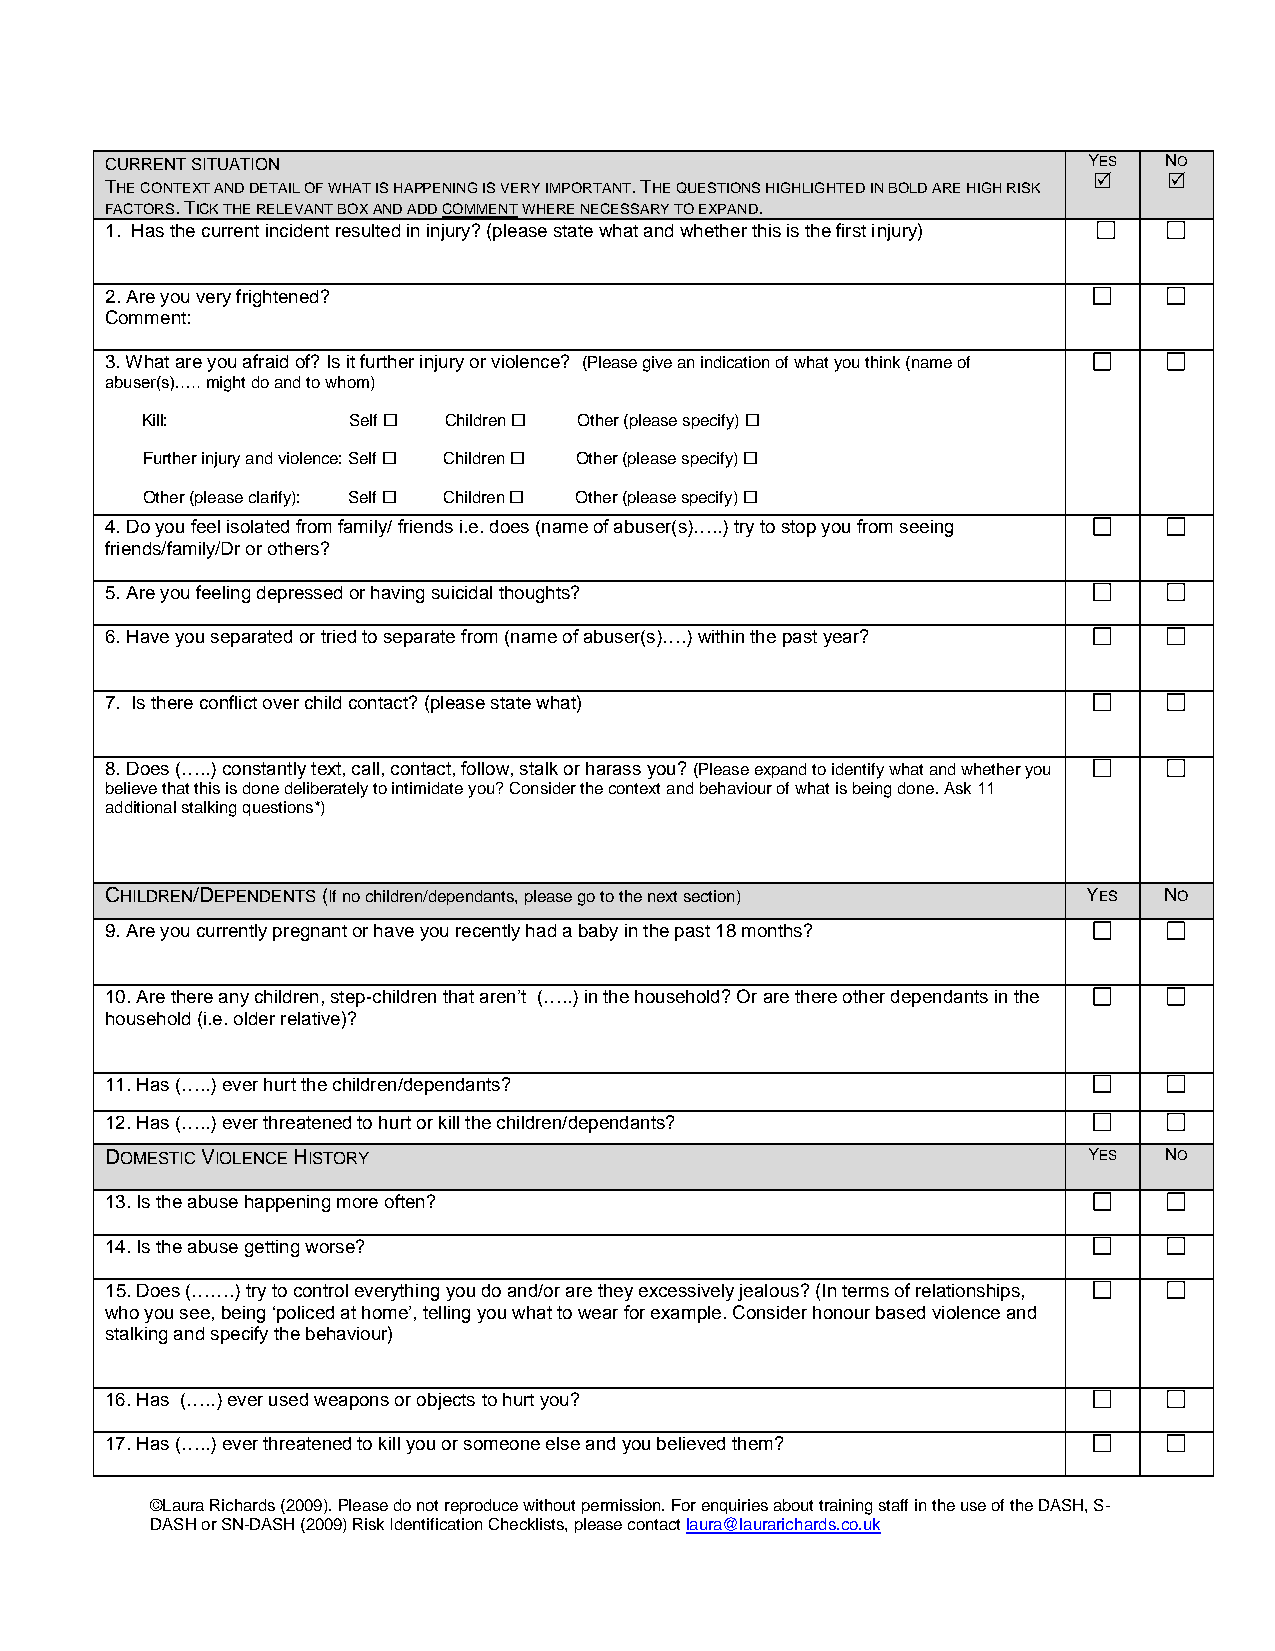
CURRENT SITUATION                                                YES  NO
 THE CONTEXT AND DETAIL OF WHAT IS HAPPENING IS VERY IMPORTANT. THE QUESTIONS HIGHLIGHTED IN BOLD ARE HIGH RISK
     
 FACTORS. TICK THE RELEVANT BOX AND ADD COMMENT WHERE NECESSARY TO EXPAND.
 1. Has the current incident resulted in injury? (please state what and whether this is the first injury)
 2. Are you very frightened?
 Comment:
 3. What are you afraid of? Is it further injury or violence? (Please give an indication of what you think (name of
 abuser(s)….. might do and to whom)
 Kill:         Self  Children  Other (please specify) 
 Further injury and violence: Self  Children  Other (please specify) 
 Other (please clarify): Self  Children  Other (please specify) 
 4. Do you feel isolated from family/ friends i.e. does (name of abuser(s)…..) try to stop you from seeing
 friends/family/Dr or others?
 5. Are you feeling depressed or having suicidal thoughts?
 6. Have you separated or tried to separate from (name of abuser(s)….) within the past year?
 7. Is there conflict over child contact? (please state what)
 8. Does (…..) constantly text, call, contact, follow, stalk or harass you? (Please expand to identify what and whether you
 believe that this is done deliberately to intimidate you? Consider the context and behaviour of what is being done. Ask 11
 additional stalking questions*)
 CHILDREN/DEPENDENTS (If no children/dependants, please go to the next section) YES NO
 9. Are you currently pregnant or have you recently had a baby in the past 18 months?
 10. Are there any children, step-children that aren’t (…..) in the household? Or are there other dependants in the
 household (i.e. older relative)?
 11. Has (…..) ever hurt the children/dependants?
 12. Has (…..) ever threatened to hurt or kill the children/dependants?
 DOMESTIC VIOLENCE HISTORY                                        YES  NO
 13. Is the abuse happening more often?
 14. Is the abuse getting worse?
 15. Does (…….) try to control everything you do and/or are they excessively jealous? (In terms of relationships,
 who you see, being ‘policed at home’, telling you what to wear for example. Consider honour based violence and
 stalking and specify the behaviour)
 16. Has (…..) ever used weapons or objects to hurt you?
 17. Has (…..) ever threatened to kill you or someone else and you believed them?
 ©Laura Richards (2009). Please do not reproduce without permission. For enquiries about training staff in the use of the DASH, S-
 DASH or SN-DASH (2009) Risk Identification Checklists, please contact laura@laurarichards.co.uk